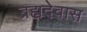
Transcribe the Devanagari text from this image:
ब्रह्मदेवास